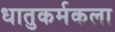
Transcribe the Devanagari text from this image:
धातुकर्मकला